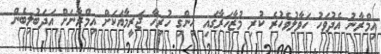
އިމްރާނު އެދުވަހު ހަވާލުވެހުރެ ކުރި މުޒާހަރާގައި ހިންގި ހުރިހާ ޖަރީމާއަކަށް އިމްރާނަށް އަދަބުލިބެން